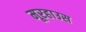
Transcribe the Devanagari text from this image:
मूरहाउस